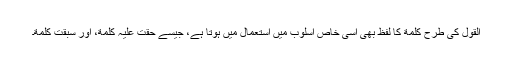
القول کی طرح کلمة کا لفظ بھی اسی خاص اسلوب میں استعمال میں ہوتا ہے، جیسے حقت علیہ کلمة، اور سبقت کلمة۔